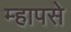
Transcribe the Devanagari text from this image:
म्हापसे